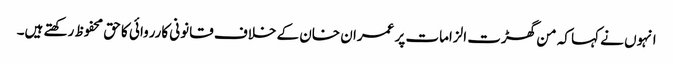
انہوں نے کہا کہ من گھڑت الزامات پر عمران خان کے خلاف قانونی کارروائی کا حق محفوظ رکھتے ہیں۔